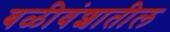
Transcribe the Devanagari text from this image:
बळीवंशातील